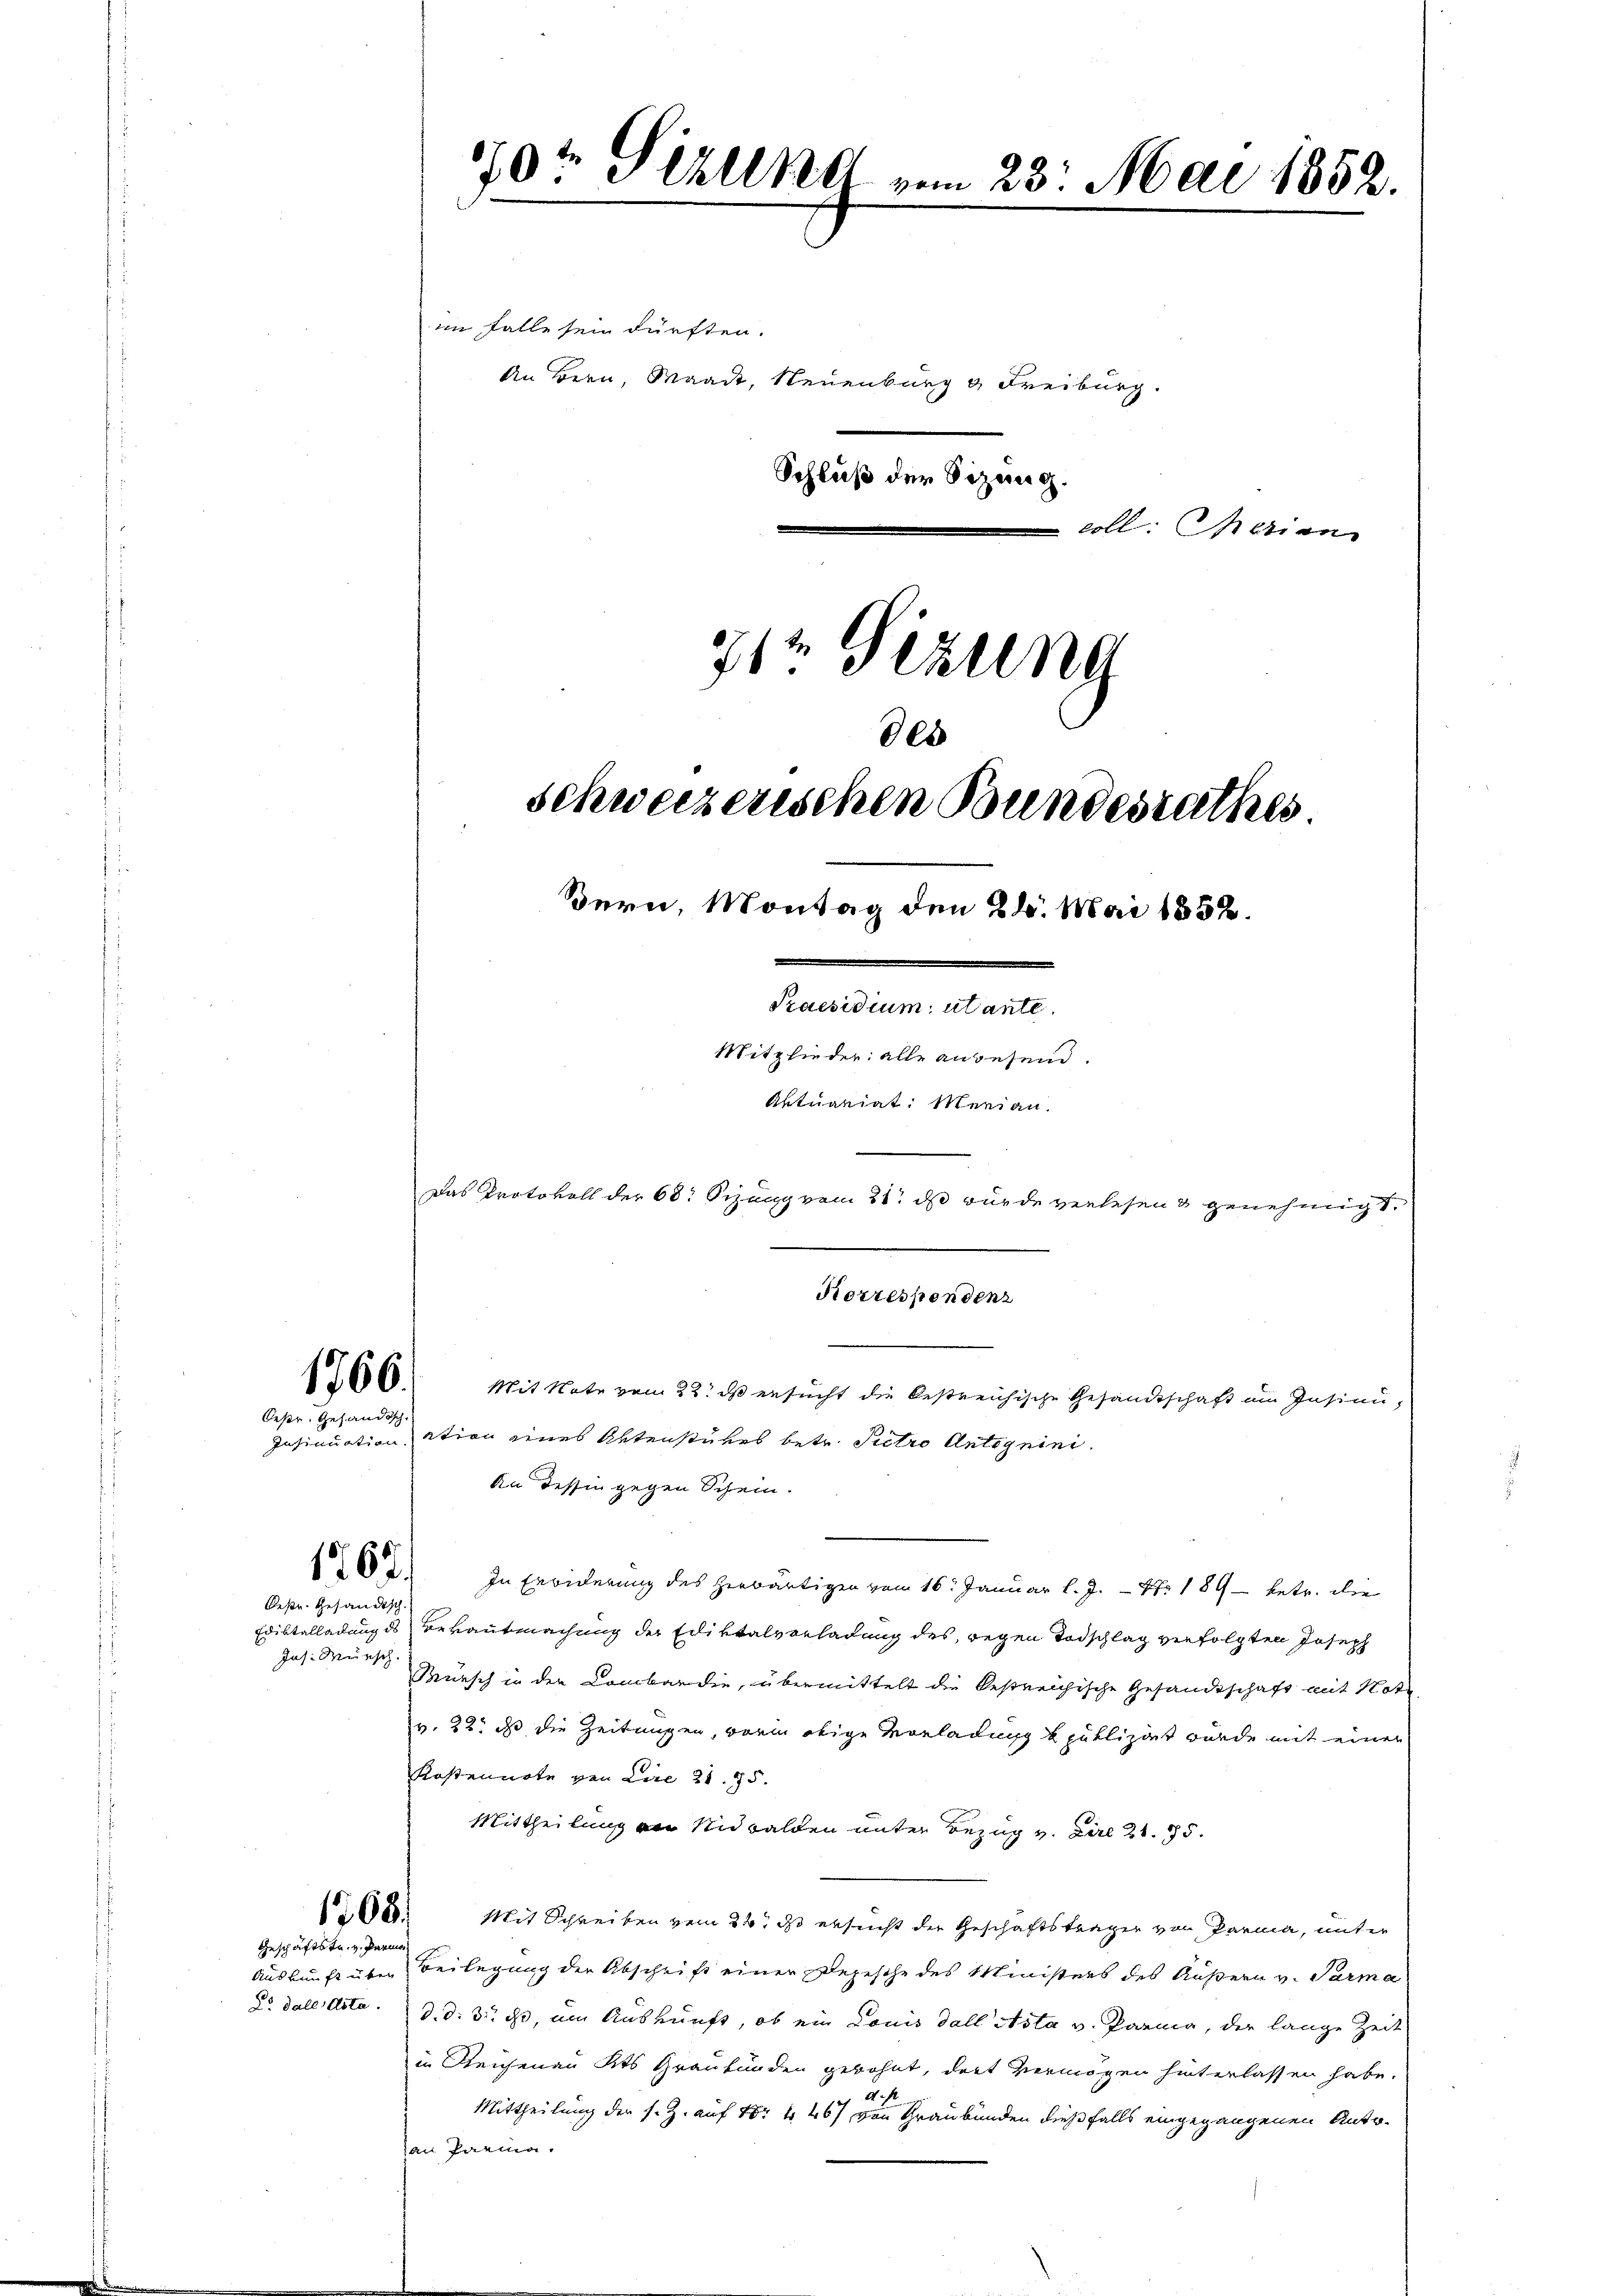
im Falle sein dürften.
71 Sizung
0xx
schweizerischen Bundesrathes

gesundation.

Deser Gehändisch.

Oeste Gesandtsch
Jos. Wunsch.

Geschäftstr. v. Parmon

0t Pizlena vom 23. Mai 1852.

Bern, Montag den 26. Mai 1858.
e
Praesidium utante.
Mitglieder: alle anwesend.
Aktuariat. Merian.
Das Protokoll der 68: Sizung vom 21. ds wurde verlesen & genehmigt.

An Bern, Waadt, Neuenburg u Freiburg.
Schluß der Sizung.
coll: Marian

166. Mit Note vom 22. ds ersucht die bestreichische Gesandtschaft im Insinuation eines Aktenstückes betr. Pietro Antoguini.
An dessin gegen Schein.
262. In Erwiederung des herwärtigen vom 16. Januar l. J. - Nr. 189 betr. die
Ediktalladung des Verantmachung der Ediktalvorladung des gegen Todschlag verfolgten Joseph
Münsch in der Combardie, übermittelt die Oestreichische Gesandtschaft mit Ver-
v. 22. da die Zeitungen, worin obige Vorladung publizirt wurde mit einer
Kostennote von Lire 21. 75.
Mittheilung an Nidwalden unter Bezug v. Ziel 21. 75.
(i 16. Mit Schreiben vom 24t ds ersucht der Geschäftsträger von Parma, unter
Auskunft über Beilegung der Abschrift einer Depesche des Ministers des Äußern v. Parma
do dale dota. d. d. 3. ds, um Auskunft, ob ein Louis dall Asta v. Parma, der lange Zeit
in Reichenau Kts Graubünden gewohnt, dort vermögen hinterlassen habe.
Mittheilung der s. Z. auf Nr 1467 von Graubünden dießfalls eingegangenen Antohan Parina.

Korrespondenz